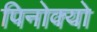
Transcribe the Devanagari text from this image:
पिनोक्यो